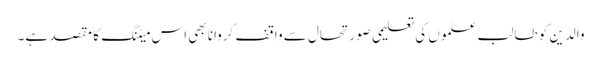
والدین کو طالب علموں کی تعلیمی صورتحال سے واقف کروانا بھی اس میٹنگ کا مقصد ہے۔